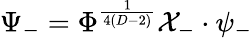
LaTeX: \Psi_{-}=\Phi^{\frac{1}{4(D-2)}}{\cal X}_{-}\cdot\psi_{-}